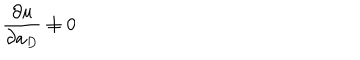
\frac { \partial u } { \partial a _ { D } } \neq 0